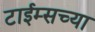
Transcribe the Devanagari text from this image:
टाईम्सच्या